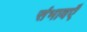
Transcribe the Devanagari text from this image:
संभावएँ